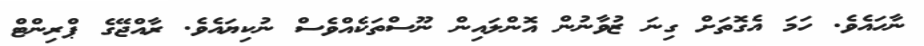
ނާހައެވެ. ހަމަ އެގޮތަށް ގިނަ ޒުވާނުން އޮންލައިން ނޫސްތަކެއްވެސް ނުކިޔައެވެ. ރާއްޖޭގެ ޕްރިންޓް